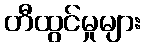
တီထွင်မှုများ